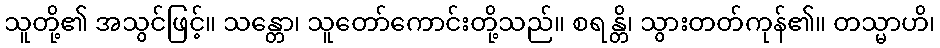
သူတို့၏ အသွင်ဖြင့်။ သန္တော၊ သူတော်ကောင်းတို့သည်။ စရန္တိ၊ သွားတတ်ကုန်၏။ တသ္မာဟိ၊